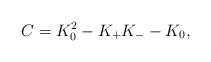
LaTeX: \begin{align*} C=K_0^2-K_{+}K_{-}-K_0,\end{align*}